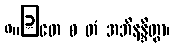
၈။	တေ စ တံ အဘိနန္ဒိတွာ၊